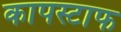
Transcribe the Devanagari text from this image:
कापस्टाफ